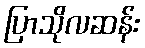
ပြာသိုလဆန်း